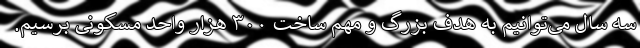
سه سال می‌توانیم به هدف بزرگ و مهم ساخت ٣٠٠ هزار واحد مسکونی برسیم.